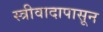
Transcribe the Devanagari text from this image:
स्त्रीवादापासून